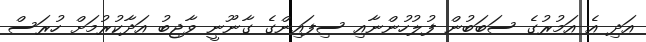
އަދި އެ އަމުރުގެ ސަބަބުން ފުލުހުންނާއި ސިފައިންގެ ގާނޫނީ ވާޖިބު އަދާކުރުމަށް ހުރަސް